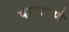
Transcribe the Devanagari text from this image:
पायताणे